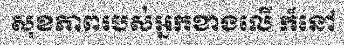
សុខភាពរបស់អ្នកខាងលើ ក៏នៅ